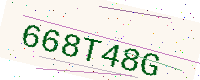
Text: 668T48G